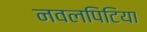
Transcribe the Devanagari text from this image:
नवलपिटिया